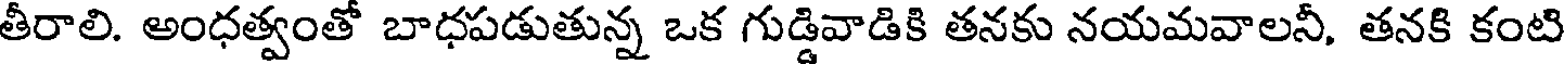
తీరాలి. అంధత్వంతో బాధపడుతున్న ఒక గుడ్డివాడికి తనకు నయమవాలనీ, తనకి కంటి